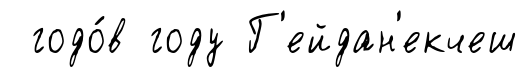
годо́в году Г'ейдан'екчеш